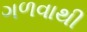
ગળવાથી